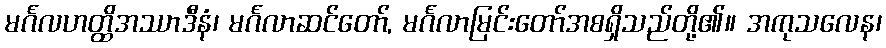
မင်္ဂလဟတ္ထိအဿာဒီနံ၊ မင်္ဂလာဆင်တော်, မင်္ဂလာမြင်းတော်အစရှိသည်တို့၏။ အကုသလေန၊